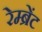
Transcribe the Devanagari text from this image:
रेम्ब्रेंट